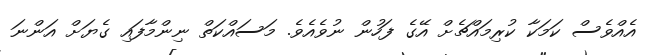
އެއްވެސް ކަމަކާ ކުރިމައްޗެށް އޭގެ ފަހުން ނުވެއެވެ. މަސައްކަތް ނިންމާފައި ގެޔަށް އަންނަ